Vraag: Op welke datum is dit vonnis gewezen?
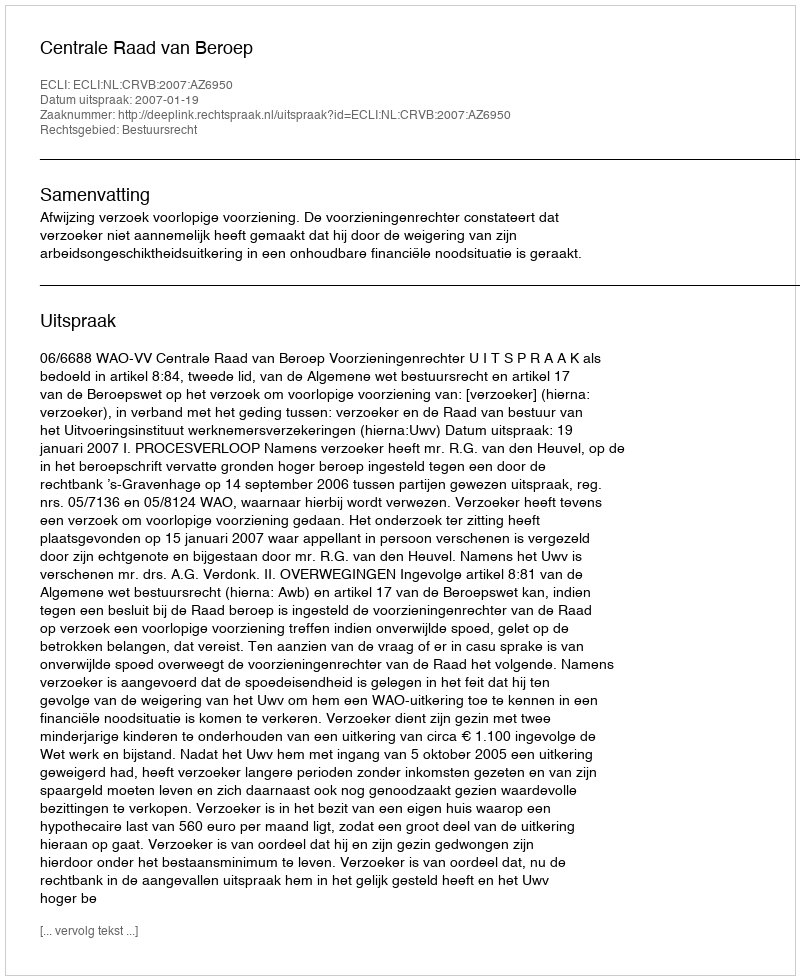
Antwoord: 2007-01-19